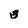
Character: 3